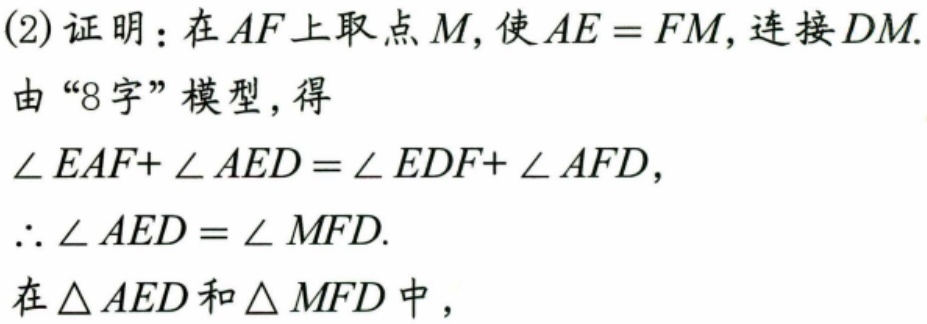
(2)证明：在\(AF\)上取点\(M\)，使\(AE = FM\)，连接\(DM\).
由“8字”模型，得
\(\angle EAF+\angle AED=\angle EDF+\angle AFD\)，
\(\therefore \angle AED=\angle MFD\).
在\(\triangle AED\)和\(\triangle MFD\)中，